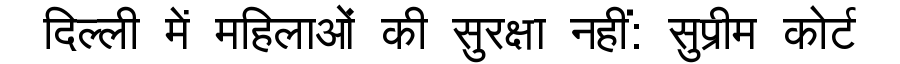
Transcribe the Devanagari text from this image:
दिल्ली में महिलाओं की सुरक्षा नहीं: सुप्रीम कोर्ट